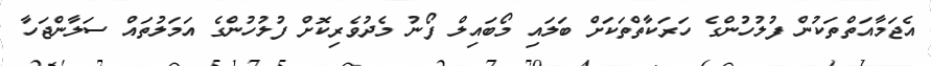
އެޖަމާއަތްތަކުން ފުލުހުންގެ ހަރަކާތްތަކަށް ބަލައި މޯބައިލް ފޯނު މެދުވެރިކޮށް ފުލުހުންގެ އަމަލުތައް ސަލާންޖަހާ